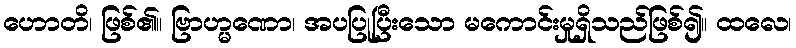
ဟောတိ၊ ဖြစ်၏။ ဗြာဟ္မဏော၊ အပပြုပြီးသော မကောင်းမှုရှိသည်ဖြစ်၍။ ထလေ၊